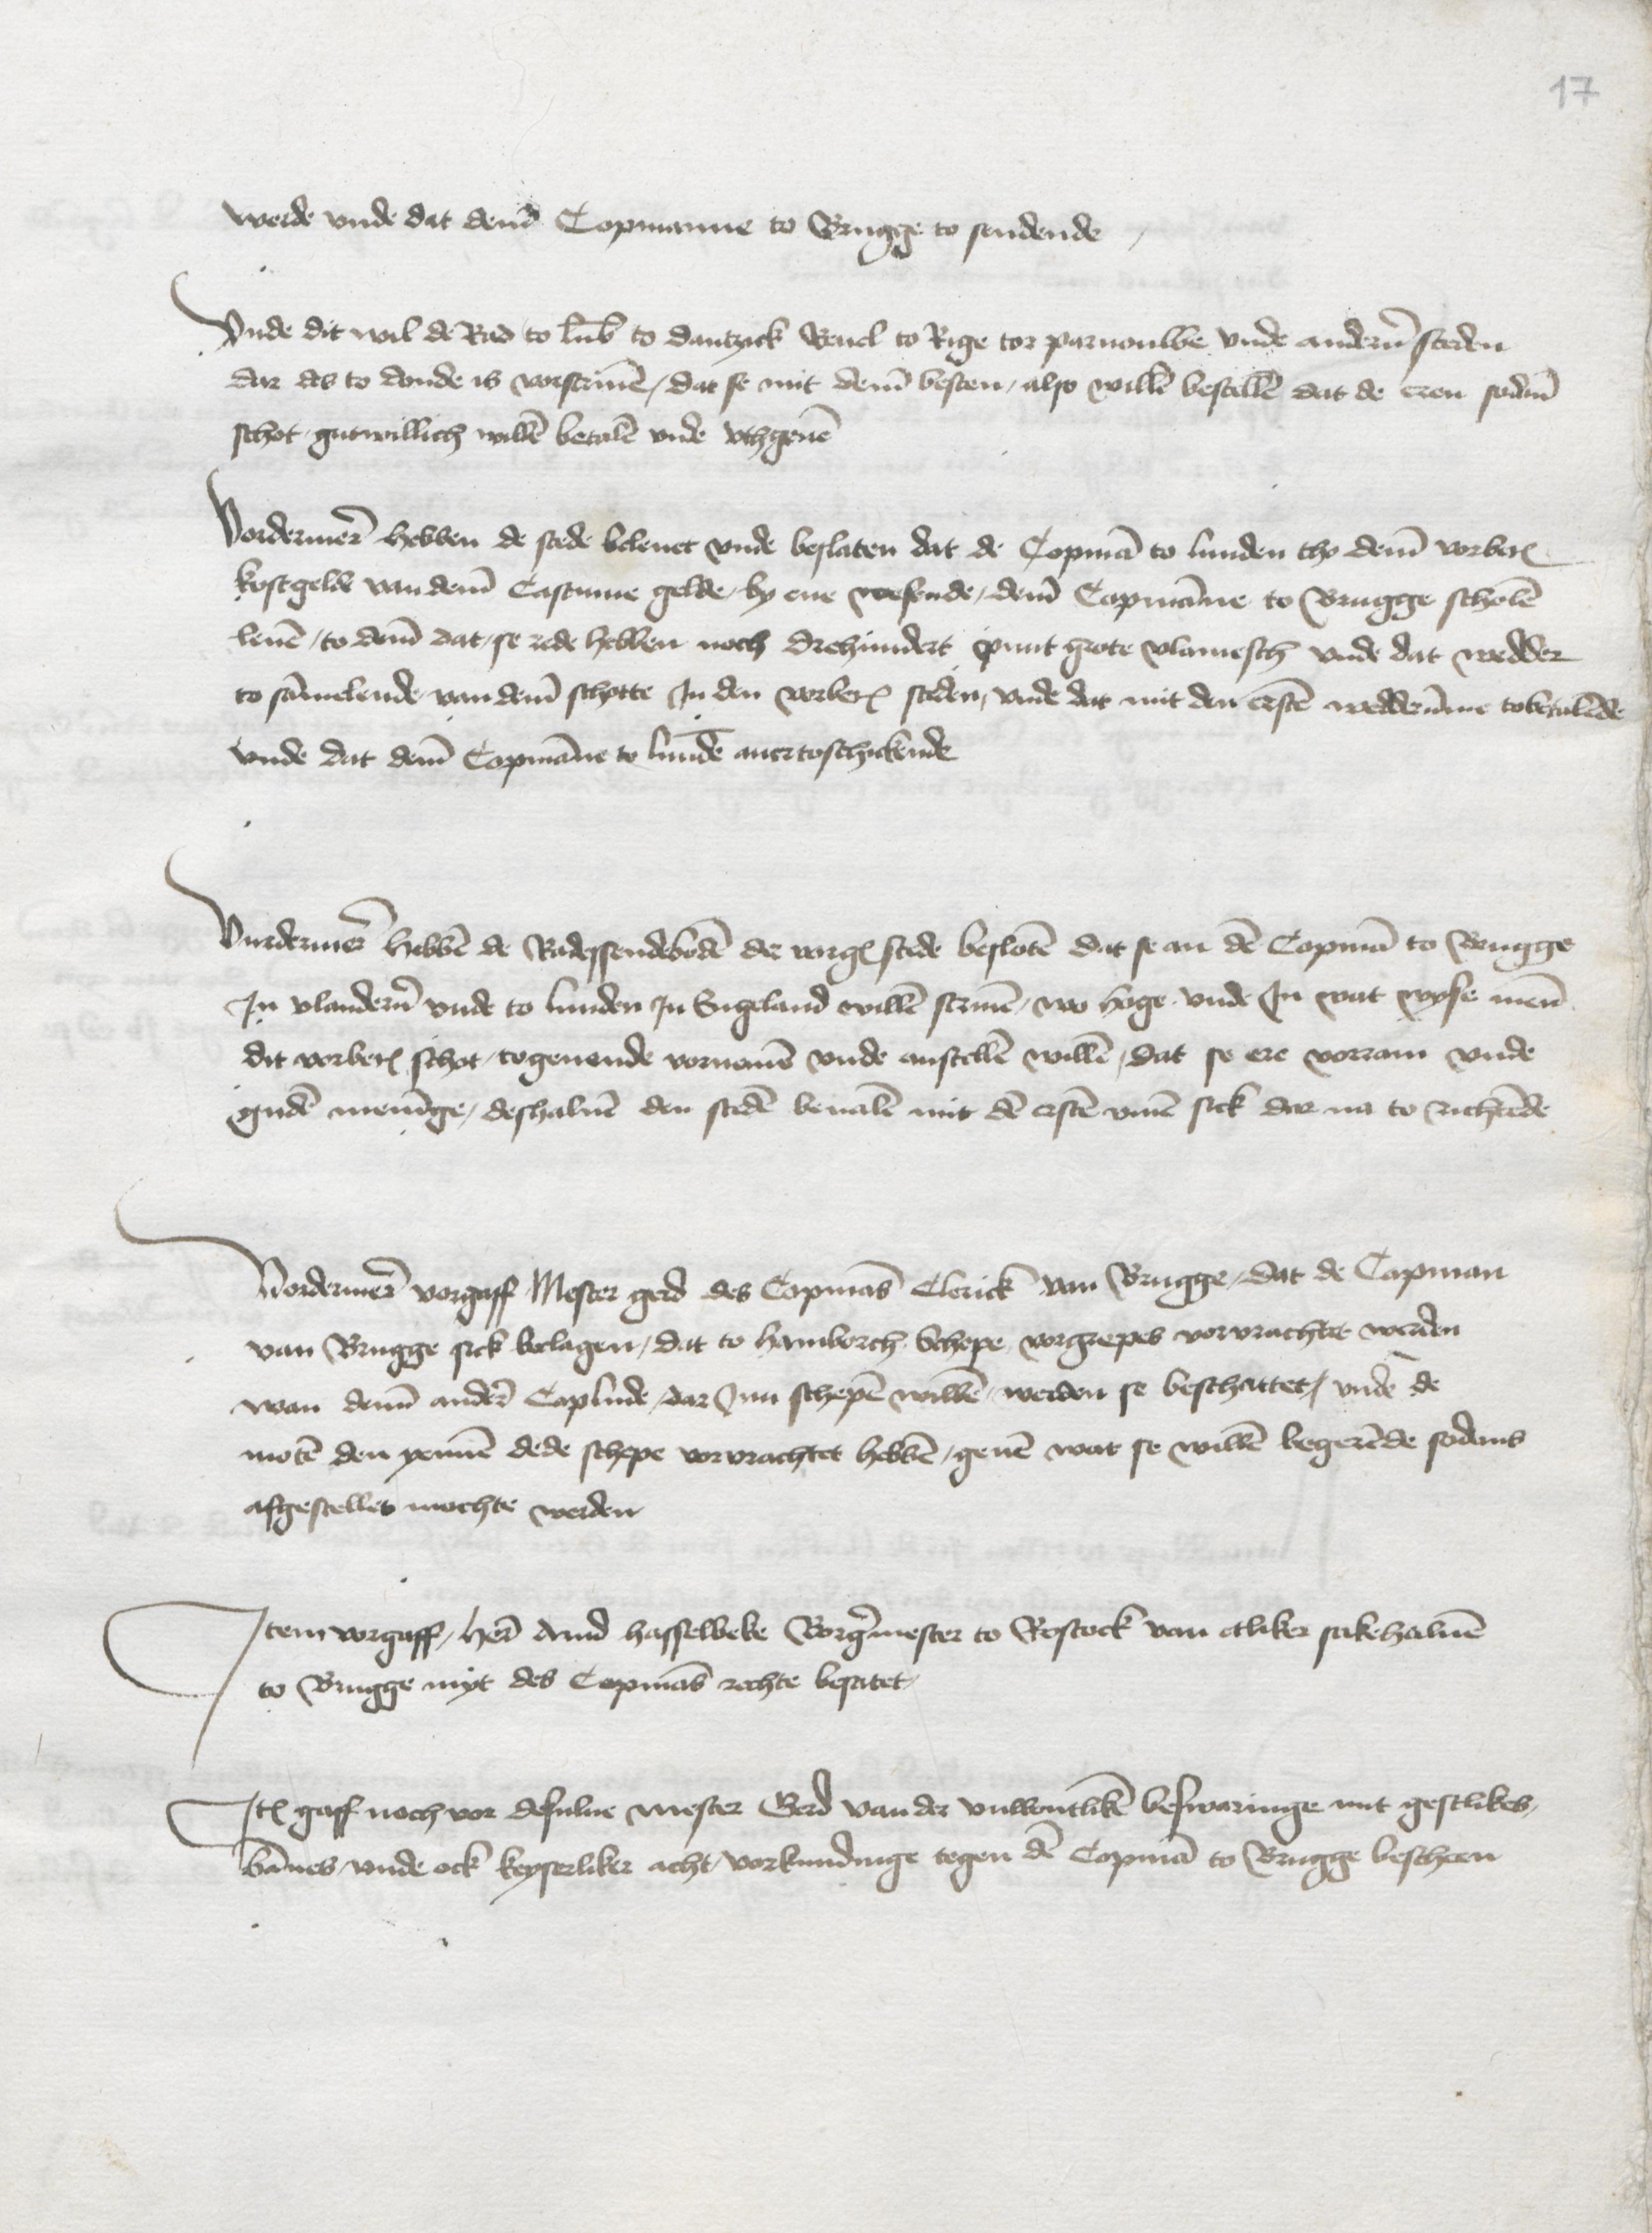
werde vnde dat deme Copmanne to Brugge to sendende

Vnde dit wil de Rad to Lubeke to Dantzick Reuel to Rige tor Parnouwe vnde anderen steden
dar des to donde is vorscriuen, dat se mit deme besten, also willen bestellen dat de eren sodane
schot gutwillich willen betalen vnde vthgeuen

Vordermere hebben de stede beleuet vnde beslaten dat de Copman to Lunden tho deme vorberorden
kostgelde van deme Castume gelde, by ene wesende, deme Copmanne to Brugge scholen
leuen, to deme dat se rede hebben noch drehundert punt grote vlamesch vnde dat wedder
to sammelende van deme schotte Jn den vorberorden steden, vnde dat mit den ersten wedderumme tobetalende
vnde dat deme Copmanne to Lunden auertoschickende

Vurdermere hebben de Radessendeboden de vorgerorden stede besloten dat se an den Copman to Brugge
Jn Vlanderen vnde to Lunden Jn Engeland willen scriuen, wo hoge vnde Jn wat wyse men
dit vorberorden schot, togeuende vornemen vnde anstellen willen, dat se ere vorram vnde
gudere meninge, deshaluen den steden beualen mit den ersten vmme sick dar na to richtende

Vordermere vorgaff Mester Gerd des Copmans Clerick van Brugge, dat de Copman
van Brugge sick beclagen, dat to Hamborch Schepe vorgrepes vorvruchtet werden
wan denne andere Coplude dar Jnn schepen willen werden se beschattet, vnde de
moten den yennen dede schepe vorvrachtet hebben geuen wat se willen begerende sodans
afgestelle mochte werden

Jtem vorgaff, here Arnd Hasselbeke Borgermester to Rostock van etliker sakehaluen
to Brugge myt des Copmans rechte bestatet,

Jtem gaff noch vor desulue mester Gerd van der vnwontliken beswaringe mit gestlikes
bannes vnde ock keyserliker acht vorkundinge tegen den Copman to Brugge bescheen